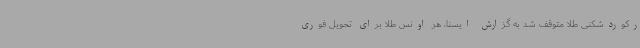
رکوردشکنی طلا متوقف شد به گزارش ایسنا، هر اونس طلا برای تحویل فوری